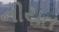
નીયત